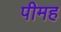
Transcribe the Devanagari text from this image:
पीमह